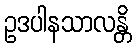
ဥဒပါနသာလန္တိ